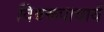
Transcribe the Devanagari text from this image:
विश्वरूपाचार्य